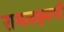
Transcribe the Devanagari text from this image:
रामलक्ष्मणौ